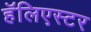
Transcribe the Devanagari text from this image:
हॅलिएस्टर